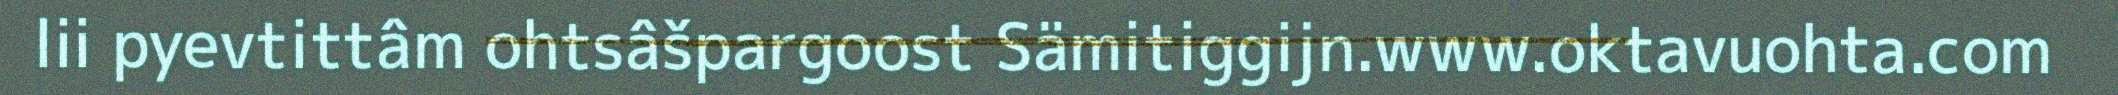
lii pyevtittâm ohtsâšpargoost Sämitiggijn.www.oktavuohta.com